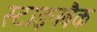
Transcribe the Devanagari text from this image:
स्टाइनबैक